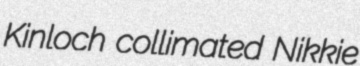
Kinloch collimated Nikkie